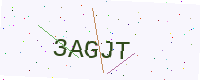
Text: 3AGJT